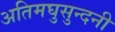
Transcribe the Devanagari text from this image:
अतिमघुसुन्दनी